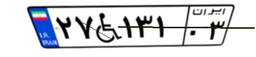
۲۷W۱۳۱۰۳